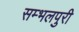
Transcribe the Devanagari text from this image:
सम्भलपुरी